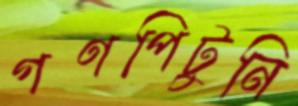
গণপিটুনি